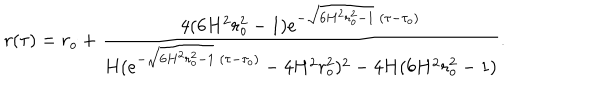
LaTeX: r ( \tau ) = r _ { o } + \frac { 4 ( 6 H ^ { 2 } r _ { o } ^ { 2 } - 1 ) e ^ { - \sqrt { 6 H ^ { 2 } r _ { o } ^ { 2 } - 1 } \; ( \tau - \tau _ { o } ) } } { H ( e ^ { - \sqrt { 6 H ^ { 2 } r _ { o } ^ { 2 } - 1 } \; ( \tau - \tau _ { o } ) } - 4 H ^ { 2 } r _ { o } ^ { 2 } ) ^ { 2 } - 4 H ( 6 H ^ { 2 } r _ { o } ^ { 2 } - 1 ) } .